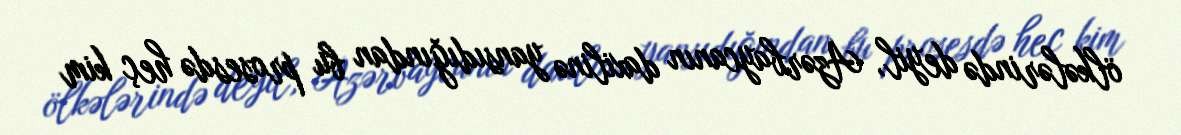
ölkələrində deyil, Azərbaycanın daxilinə yansıdığından bu prosesdə heç kim